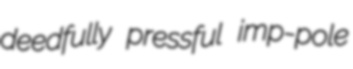
deedfully pressful imp-pole